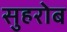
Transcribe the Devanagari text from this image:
सुहरोब